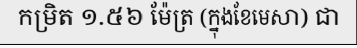
កម្រិត ១.៥៦ ម៉ែត្រ (ក្នុងខែមេសា) ជា